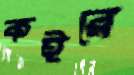
কইরে